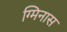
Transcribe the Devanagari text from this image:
ग्मिनास